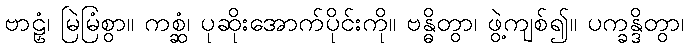
ဗာဠှံ၊ မြဲမြံစွာ။ ကစ္ဆံ၊ ပုဆိုးအောက်ပိုင်းကို။ ဗန္ဓိတွာ၊ ဖွဲ့ကျစ်၍။ ပက္ခန္ဒိတွာ၊